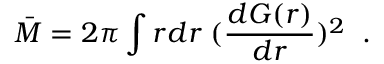
\bar { M } = 2 \pi \int r d r \; ( \frac { d G ( r ) } { d r } ) ^ { 2 } \; \; .